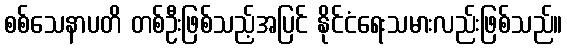
စစ်သေနာပတိ တစ်ဦးဖြစ်သည့်အပြင် နိုင်ငံရေးသမားလည်းဖြစ်သည်။